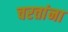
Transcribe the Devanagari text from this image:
चरतांना